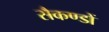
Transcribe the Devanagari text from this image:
सैकण्‍डों